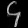
Digit: ၄